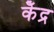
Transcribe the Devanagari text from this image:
केँद्र